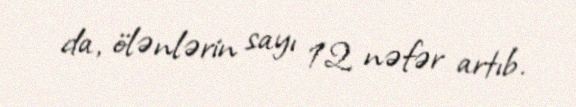
da, ölənlərin sayı 12 nəfər artıb.